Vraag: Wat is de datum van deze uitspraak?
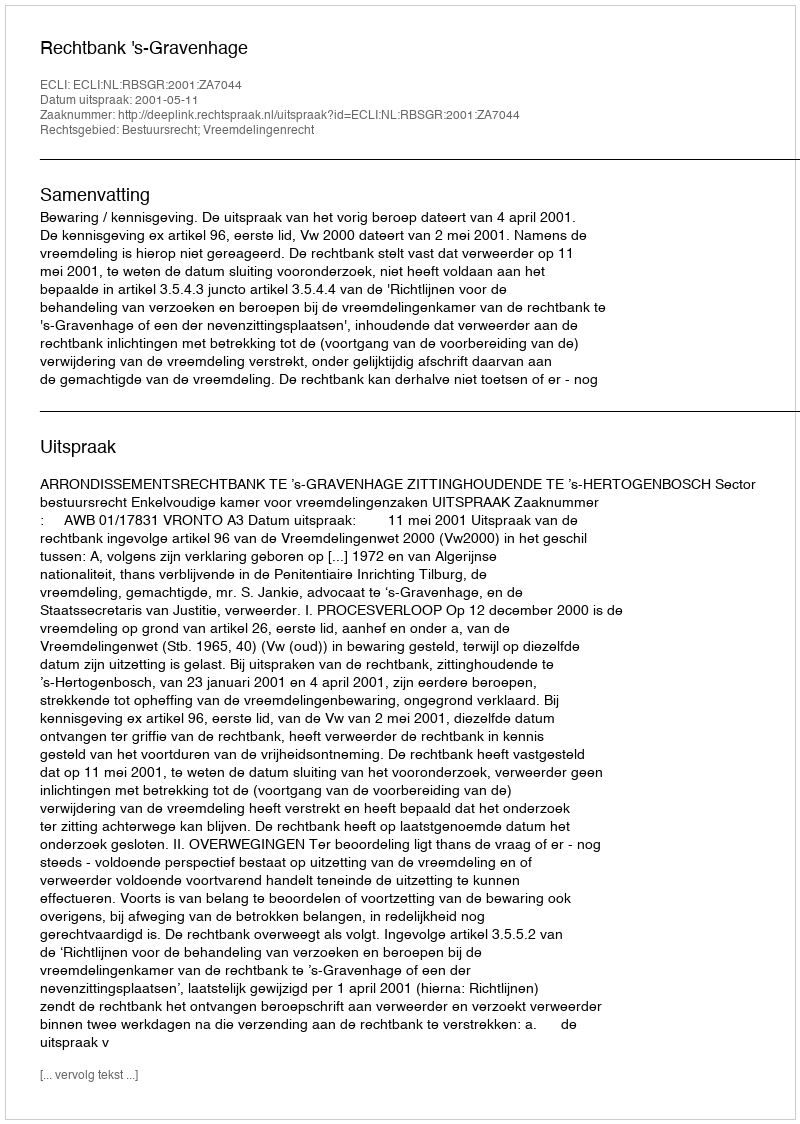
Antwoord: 2001-05-11